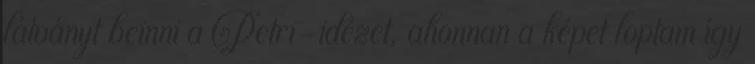
látványt beinni a Petri-idézet, ahonnan a képet loptam így